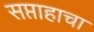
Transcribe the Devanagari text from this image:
सप्ताहाचा